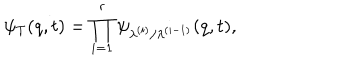
\psi _ { T } ( q , t ) = \prod _ { i = 1 } ^ { r } \psi _ { \lambda ^ { ( i ) } / \lambda ^ { ( i - 1 ) } } ( q , t ) ,